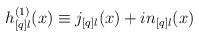
\begin{align*}h_{[q]l}^{(1)}(x) \equiv j_{[q]l}(x) + i n_{[q]l}(x)\end{align*}